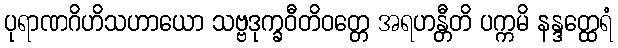
ပုရာဏဂိဟိသဟာယော သဗ္ဗဒုက္ခဝီတိဝတ္တေ အရဟန္တီတိ ပက္ကမိ နန္ဒတ္ထေရံ